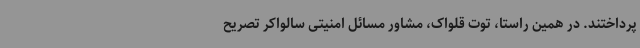
پرداختند. در همین راستا، توت قلواک، مشاور مسائل امنیتی سالواکر تصریح